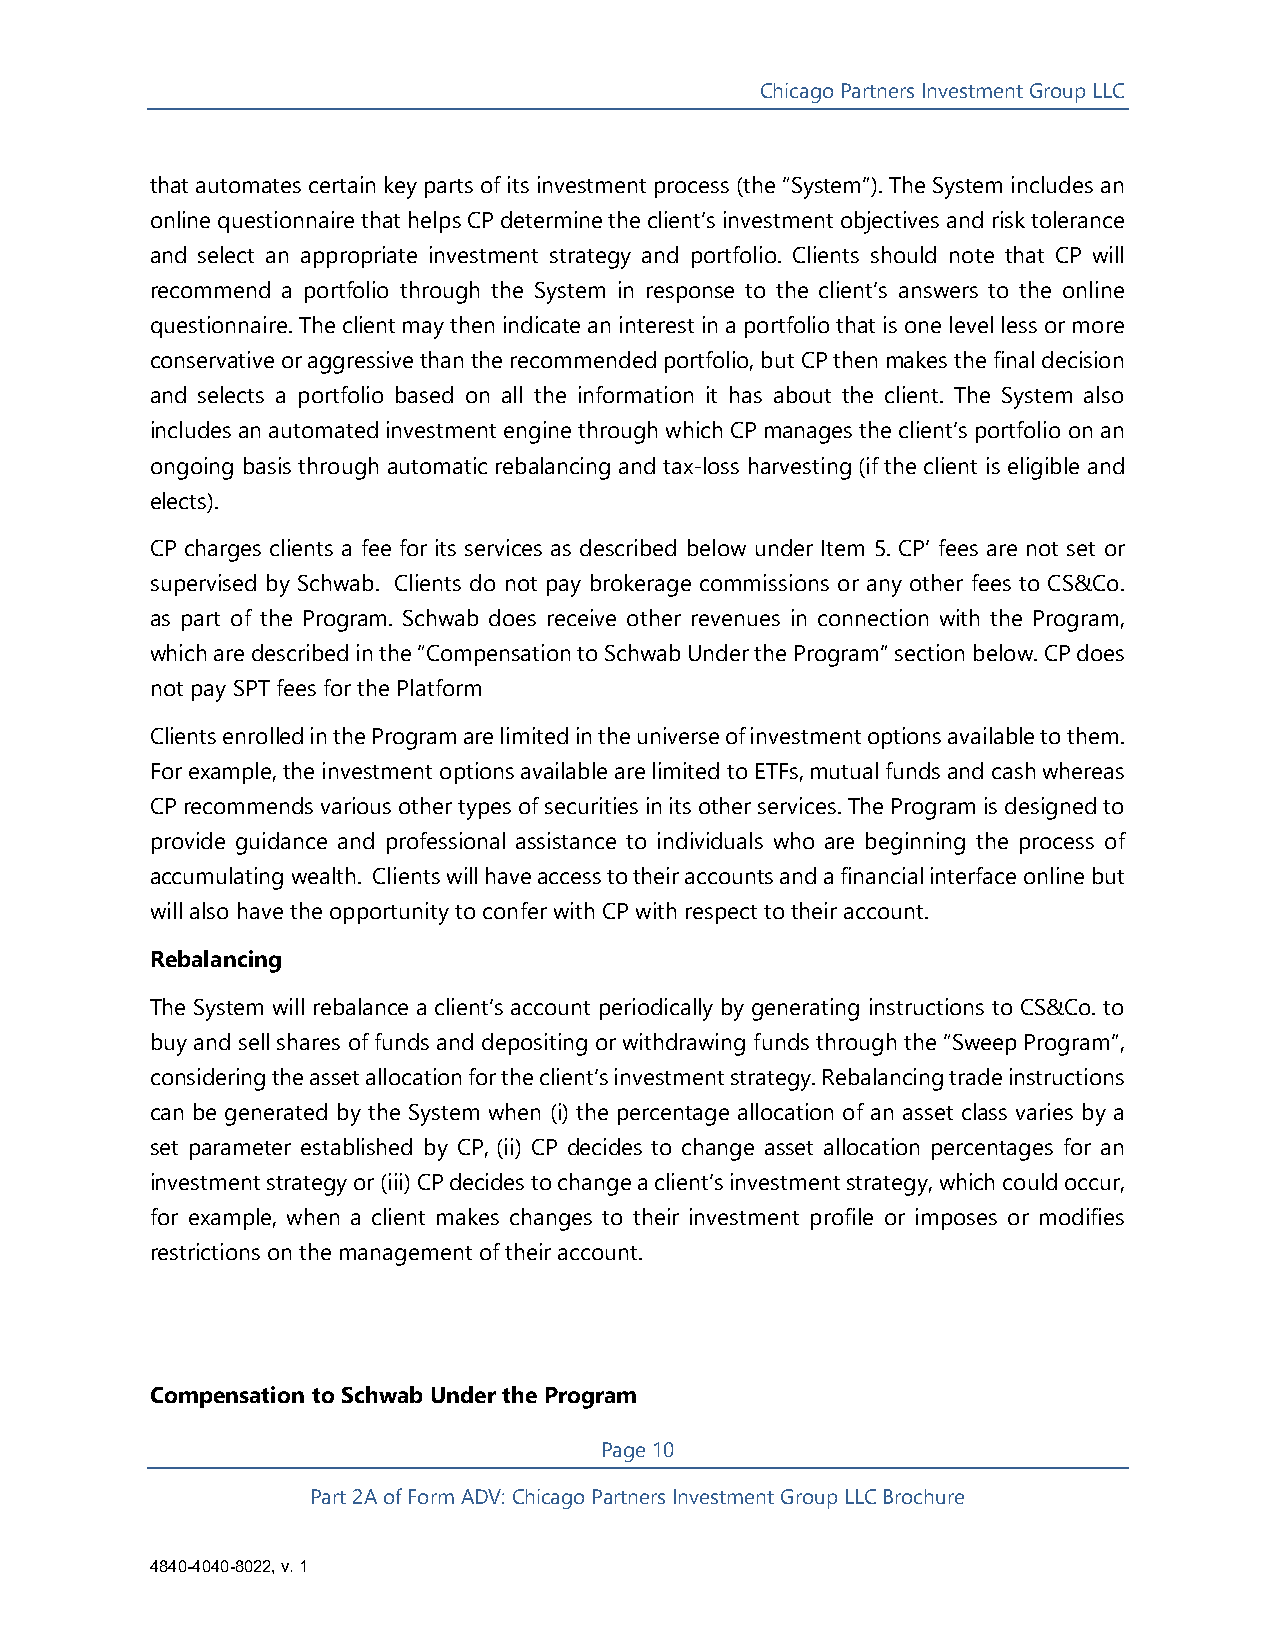
Chicago Partners Investment Group LLC
 that automates certain key parts of its investment process (the “System”). The System includes an
 online questionnaire that helps CP determine the client’s investment objectives and risk tolerance
 and select an appropriate investment strategy and portfolio. Clients should note that CP will
 recommend a portfolio through the System in response to the client’s answers to the online
 questionnaire. The client may then indicate an interest in a portfolio that is one level less or more
 conservative or aggressive than the recommended portfolio, but CP then makes the final decision
 and selects a portfolio based on all the information it has about the client. The System also
 includes an automated investment engine through which CP manages the client’s portfolio on an
 ongoing basis through automatic rebalancing and tax-loss harvesting (if the client is eligible and
 elects).
 CP charges clients a fee for its services as described below under Item 5. CP’ fees are not set or
 supervised by Schwab. Clients do not pay brokerage commissions or any other fees to CS&Co.
 as part of the Program. Schwab does receive other revenues in connection with the Program,
 which are described in the “Compensation to Schwab Under the Program” section below. CP does
 not pay SPT fees for the Platform
 Clients enrolled in the Program are limited in the universe of investment options available to them.
 For example, the investment options available are limited to ETFs, mutual funds and cash whereas
 CP recommends various other types of securities in its other services. The Program is designed to
 provide guidance and professional assistance to individuals who are beginning the process of
 accumulating wealth. Clients will have access to their accounts and a financial interface online but
 will also have the opportunity to confer with CP with respect to their account.
 Rebalancing
 The System will rebalance a client’s account periodically by generating instructions to CS&Co. to
 buy and sell shares of funds and depositing or withdrawing funds through the “Sweep Program”,
 considering the asset allocation for the client’s investment strategy. Rebalancing trade instructions
 can be generated by the System when (i) the percentage allocation of an asset class varies by a
 set parameter established by CP, (ii) CP decides to change asset allocation percentages for an
 investment strategy or (iii) CP decides to change a client’s investment strategy, which could occur,
 for example, when a client makes changes to their investment profile or imposes or modifies
 restrictions on the management of their account.
 Compensation to Schwab Under the Program
 Page 10
 Part 2A of Form ADV: Chicago Partners Investment Group LLC Brochure
 4840-4040-8022, v. 1